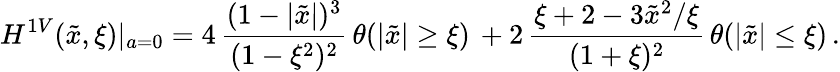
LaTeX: H^{1V}(\tilde{x},\xi)|_{a=0}=4\, \frac{(1-|\tilde{x}|)^{3}}{(1-\xi^{2})^{2}}\, \theta(|\tilde{x}|\geq\xi)\, +2\, \frac{\xi+2-3\tilde{x}^{2}/\xi}{(1+\xi)^{2}}\, \theta(|\tilde{x}|\leq\xi)\, .